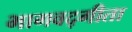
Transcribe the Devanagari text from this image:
भागवद्गीता